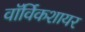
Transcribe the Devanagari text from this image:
वॉर्विकशायर